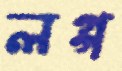
লগ্গ